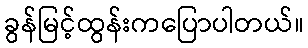
ခွန်မြင့်ထွန်းကပြောပါတယ်။